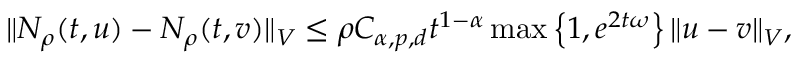
\Vert N _ { \rho } ( t , u ) - N _ { \rho } ( t , v ) \Vert _ { V } \leq \rho C _ { \alpha , p , d } t ^ { 1 - \alpha } \operatorname* { m a x } \left\{ 1 , e ^ { 2 t \omega } \right\} \Vert u - v \Vert _ { V } ,